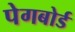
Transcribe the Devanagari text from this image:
पेगबोर्ड